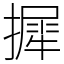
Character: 摨